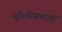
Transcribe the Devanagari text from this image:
परिेयोजनाओं